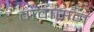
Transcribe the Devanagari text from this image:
वावासन